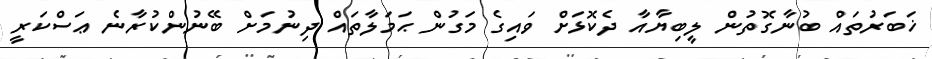
ޚަބަރުތައް ބުނާގޮތުން ލީބިޔާއާ ދެކޮޅަށް ވައިގެ މަގުން ޙަމަލާތައް ދިނުމަށް ބޭނުންކުރާނެ ޢަސްކަރީ